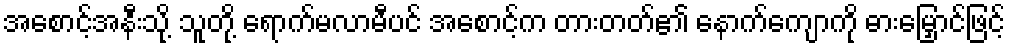
အစောင့်အနီးသို့ သူတို့ ရောက်မလာမီပင် အစောင့်က တားတတ်၏ နောက်ကျောကို ဓားမြှောင်ဖြင့်